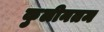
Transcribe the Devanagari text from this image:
कुलीनतम